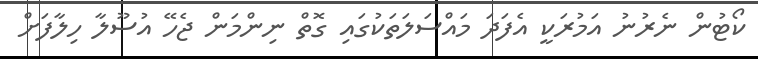
ކޯޓުން ނެރުނު އަމުރަކީ އެފަދަ މައްސަލަތަކުގައި ގޮތް ނިންމަން ޖެހޭ އުސޫލާ ހިލާފަށް